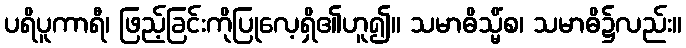
ပရိပူကာရီ၊ ဖြည့်ခြင်းကိုပြုလေ့ရှိ၏ဟူ၍။ သမာဓိသ္မိံစ၊ သမာဓိ၌လည်း။